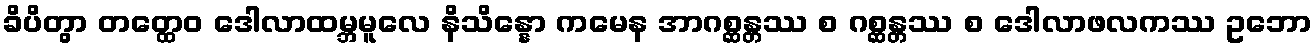
ခိပိတွာ တတ္ထေဝ ဒေါလာထမ္ဘမူလေ နိသိန္နော ကမေန အာဂစ္ဆန္တဿ စ ဂစ္ဆန္တဿ စ ဒေါလာဖလကဿ ဥဘော